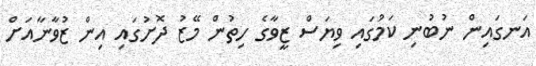
އަނގައިން ނުބުނި ކަމުގައި ވިޔަސް ޒީވާގެ ހިތުން މޭޒު ދޮށުގައި އިން ޒުވާނާއަށް